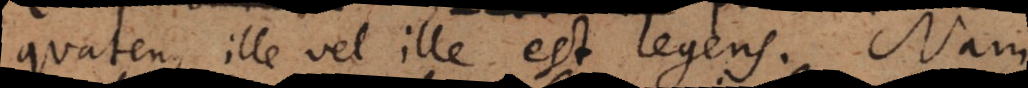
quatenus ille vel ille est legens. Nam